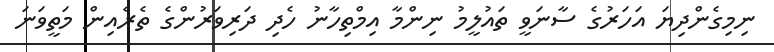
ނިމިގެންދިޔަ އަހަރުގެ ސާނަވީ ތައުލީމު ނިންމާ އިމްތިހާނު ހެދި ދަރިވަރުންގެ ތެރެއިން މަތީވަނަ